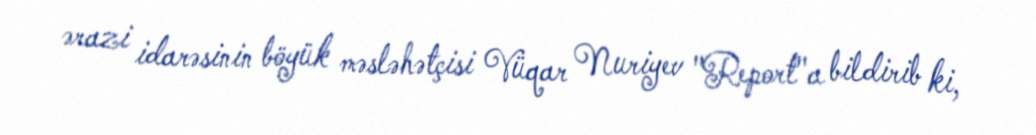
ərazi idarəsinin böyük məsləhətçisi Vüqar Nuriyev "Report"a bildirib ki,